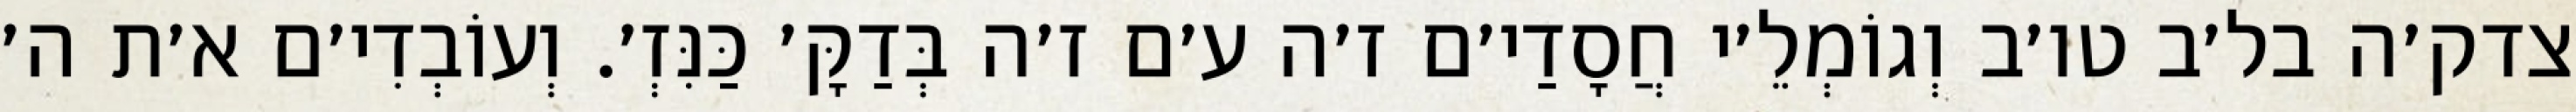
צדק׳ה בל׳ב טו׳ב וְגוֹמְלֵ׳י חֲסָדַי׳ם ז׳ה ע׳ם ז׳ה בְּדַקָּ׳ כַּנִּזְ׳. וְעוֹבְדִי׳ם א׳ת ה׳